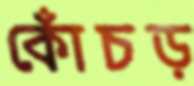
কোঁচড়